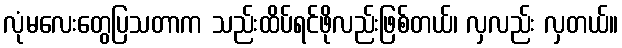
လုံမလေးတွေပြသတာက သည်းထိပ်ရင်ဖိုလည်းဖြစ်တယ်၊ လှလည်း လှတယ်။